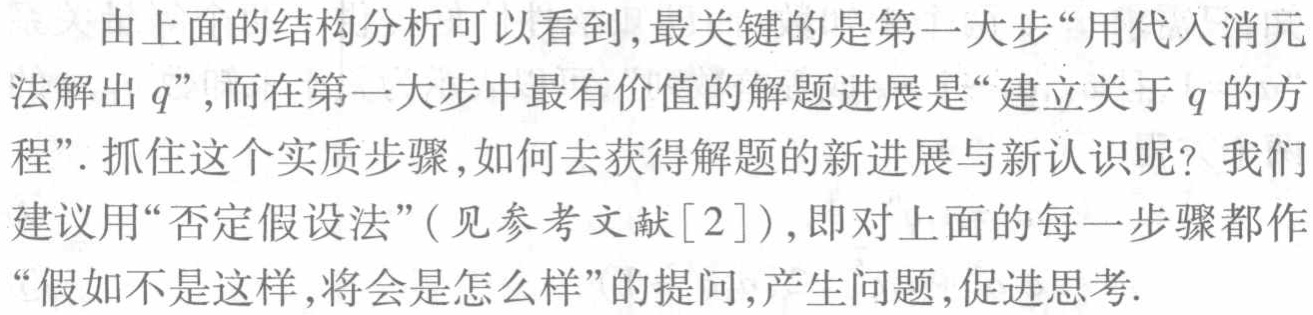
由上面的结构分析可以看到,最关键的是第一大步“用代入消元法解出\(q\)”，而在第一大步中最有价值的解题进展是“建立关于\(q\)的方程”. 抓住这个实质步骤,如何去获得解题的新进展与新认识呢？我们建议用“否定假设法”(见参考文献[2]),即对上面的每一步骤都作“假如不是这样,将会是怎么样”的提问,产生问题,促进思考.